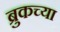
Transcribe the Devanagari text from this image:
ब्रुकच्या